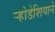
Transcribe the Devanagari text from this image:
र्‍होडेशियाने